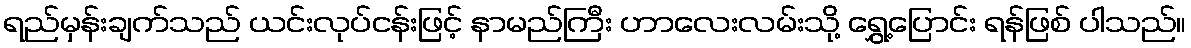
ရည်မှန်းချက်သည် ယင်းလုပ်ငန်းဖြင့် နာမည်ကြီး ဟာလေးလမ်းသို့ ရွှေ့ပြောင်း ရန်ဖြစ် ပါသည်။